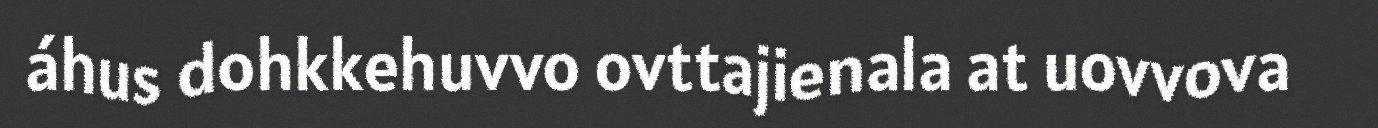
áhus dohkkehuvvo ovttajienala at uovvova